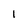
Character: I